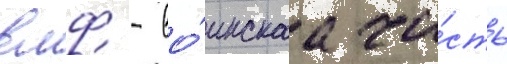
вмф - во́инскаа ча́сть